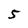
Character: 5